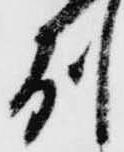
州